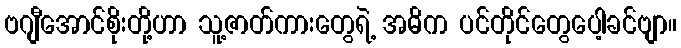
ဗဂျီအောင်စိုးတို့ဟာ သူ့ဇာတ်ကားတွေရဲ့ အဓိက ပင်တိုင်တွေပေါ့ခင်ဗျာ။